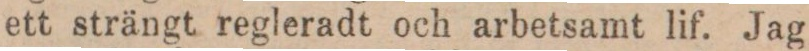
ett strängt regleradt och arbetsamt lif. Jag